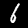
Digit: 6